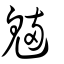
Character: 魎